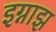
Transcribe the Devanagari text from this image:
इग्नाझ